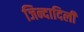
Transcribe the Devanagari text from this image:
जिन्दादिली